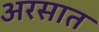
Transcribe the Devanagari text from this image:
अरसात